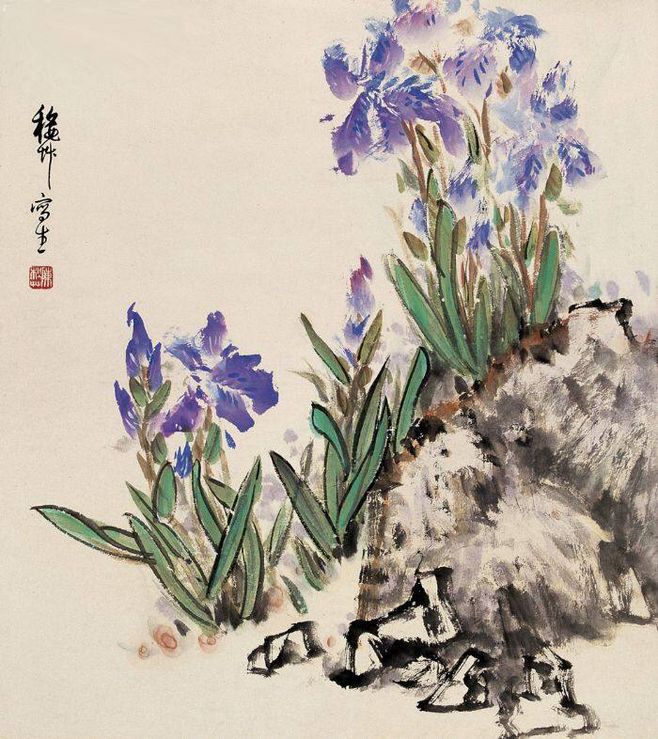
日暮平沙秋草乱，一双白鸟避人飞。